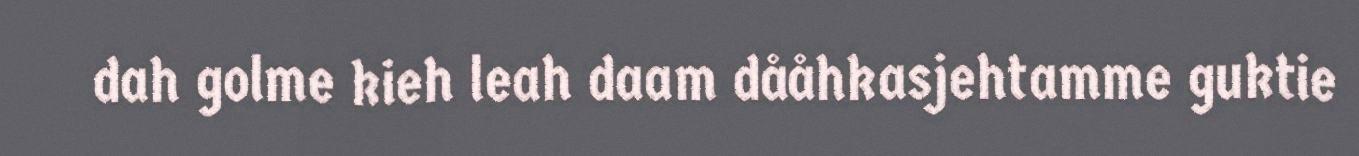
dah golme kieh leah daam dååhkasjehtamme guktie